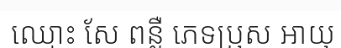
ឈ្មោះ សែ ពន្លឺ ភេទប្រុស អាយុ